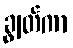
ချွတ်ကာ